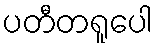
ပတီတရူပေါ